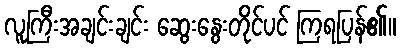
လူကြီးအချင်းချင်း ဆွေးနွေးတိုင်ပင် ကြရပြန်၏။